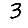
Digit: 3